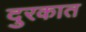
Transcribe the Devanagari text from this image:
दुरकात